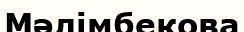
Мәлімбекова